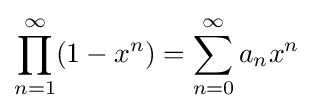
\prod _{n=1}^{\infty }(1-x^{n})=\sum _{n=0}^{\infty }a_{n}x^{n}